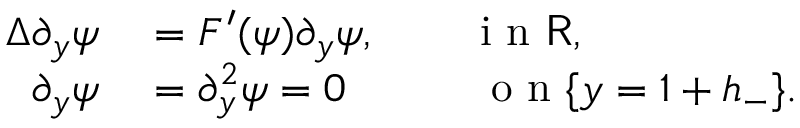
\begin{array} { r l } { \Delta \partial _ { y } \psi } & { { } = F ^ { \prime } ( \psi ) \partial _ { y } \psi , \qquad \mathrm { ~ i ~ n ~ } \mathsf { R } , } \\ { \partial _ { y } \psi } & { { } = \partial _ { y } ^ { 2 } \psi = 0 \qquad \quad \mathrm { ~ o ~ n ~ } \{ y = 1 + h _ { - } \} . } \end{array}